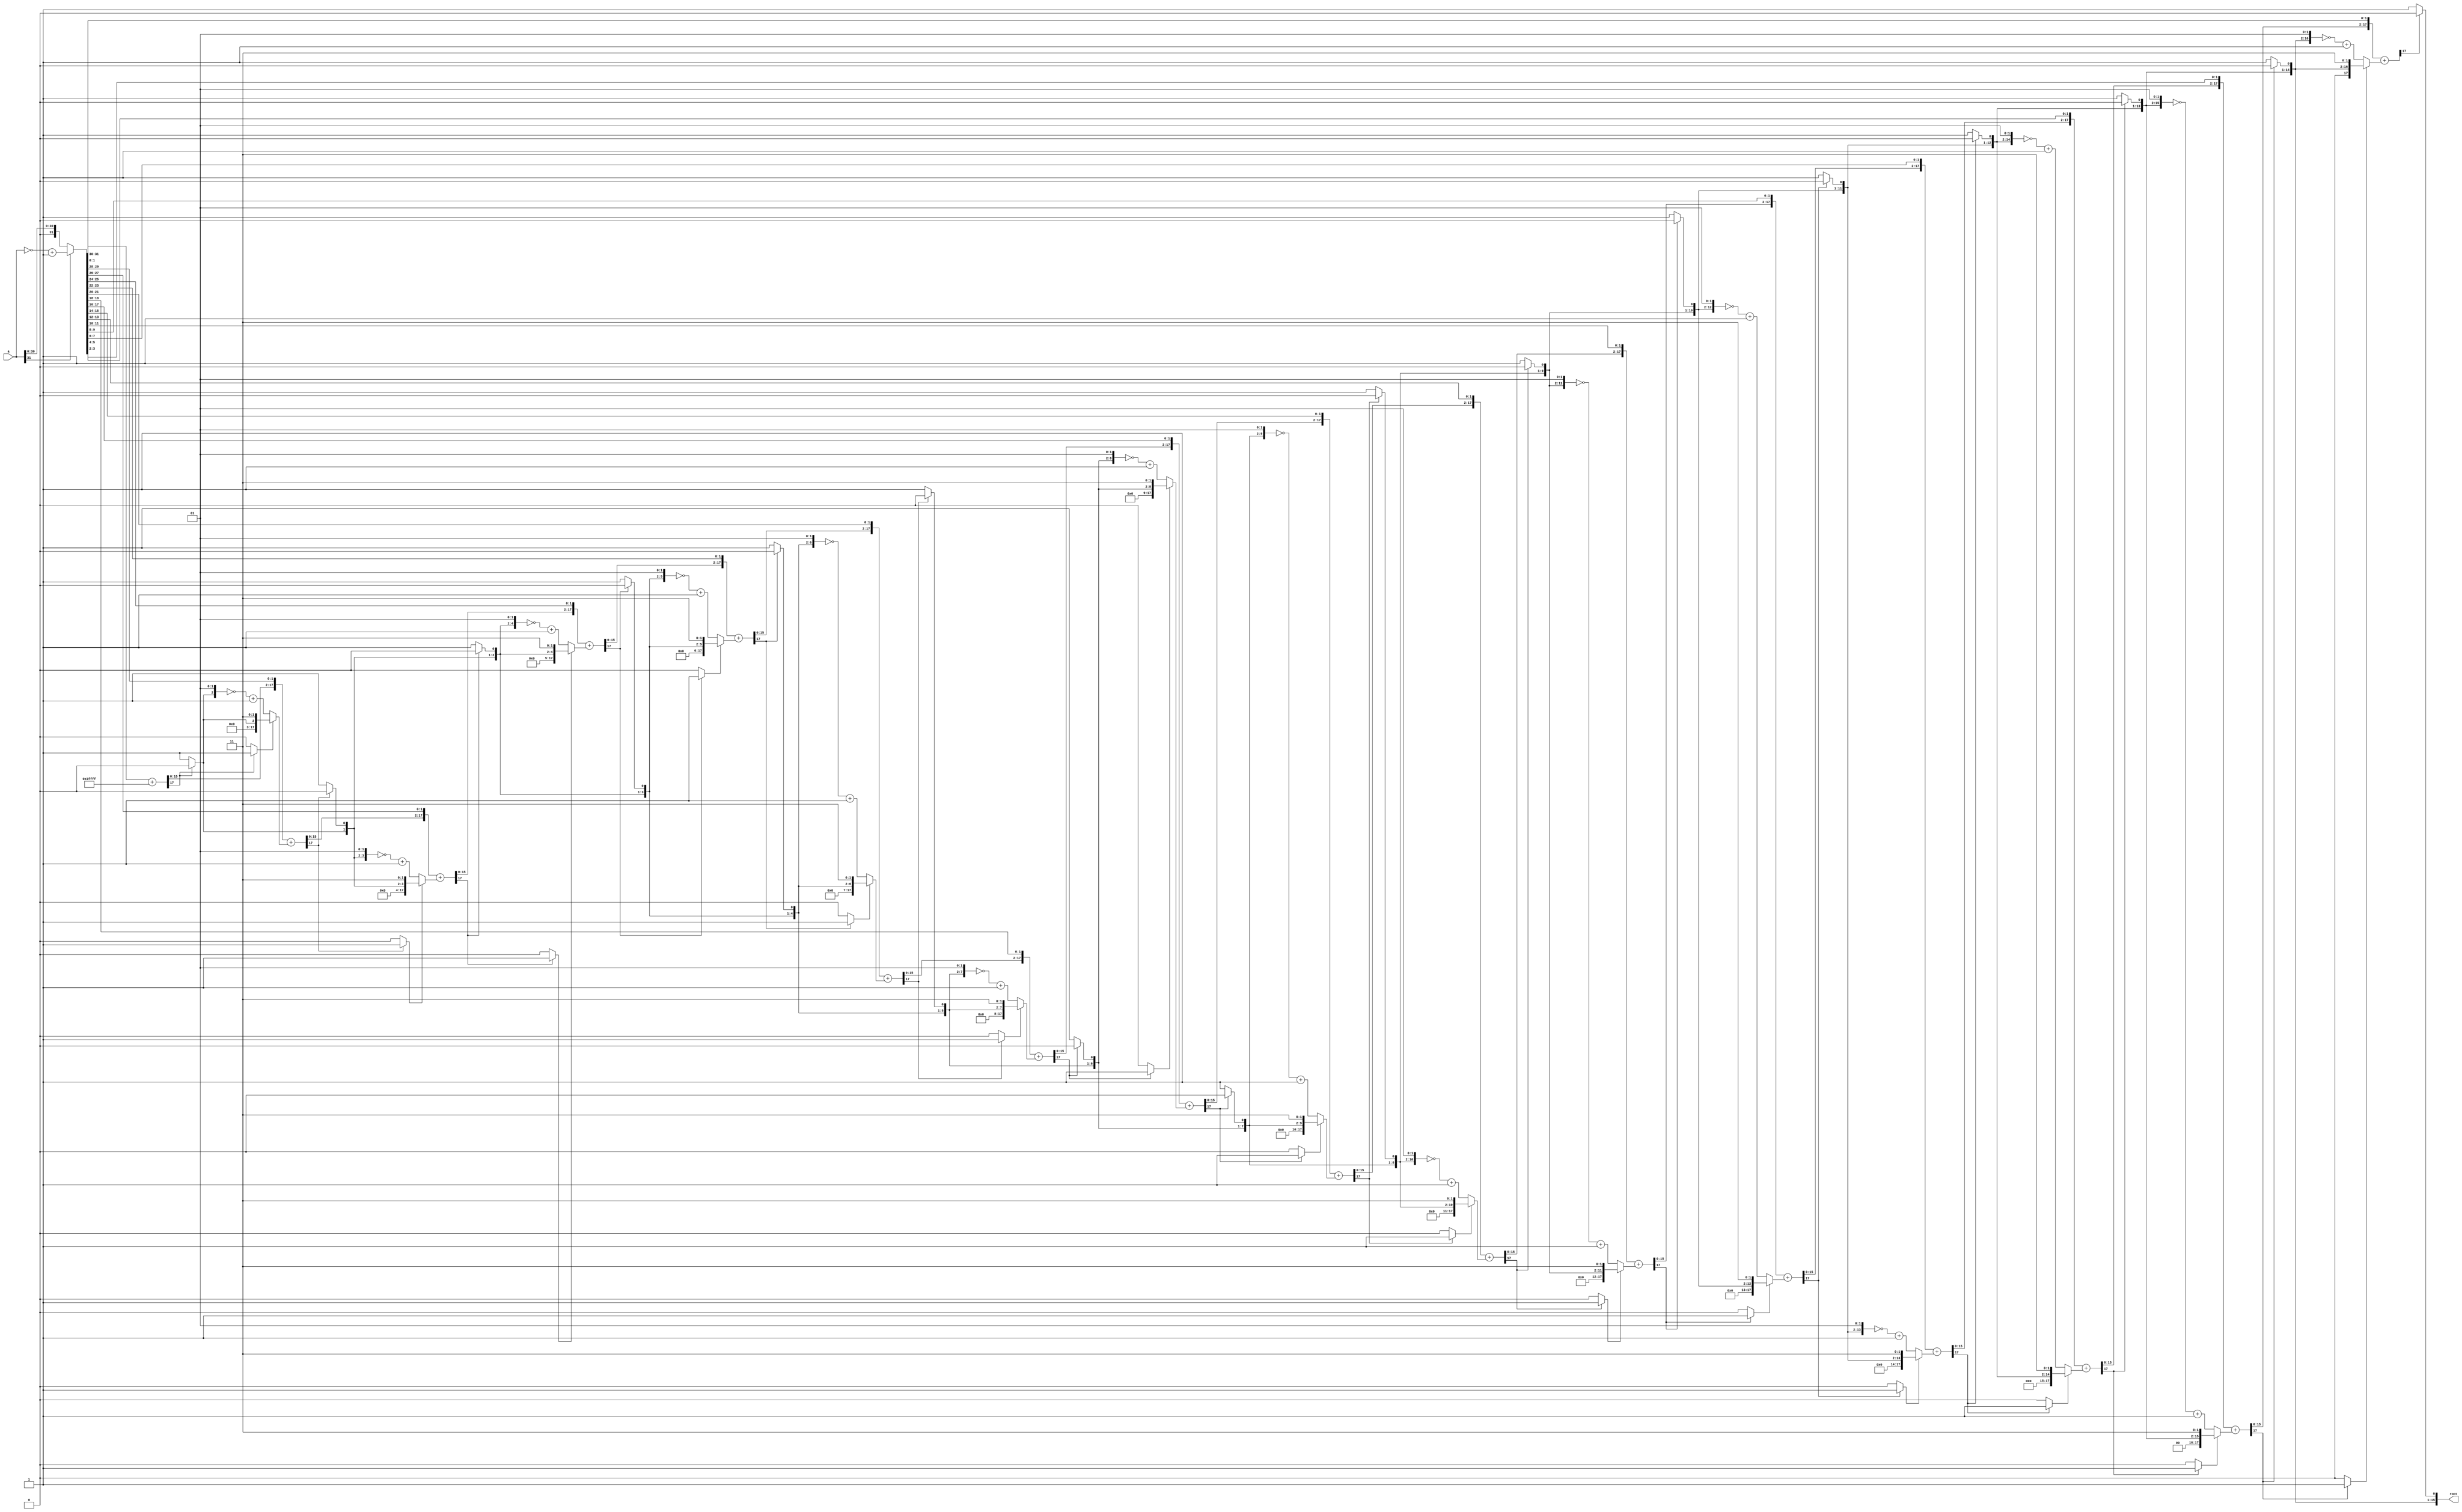

//--------------------------------------------------------------------------------------------------
//
// Title       : DW_sqrt
// Design      : DW_sqrt

// Company     : 
//-------------------------------------------------------------------------------------------------
// Description : Combinational Square Root : DW_sqrt computes the integer square root of a. The 
// parameter tc_mode determines whether the input a is interpreted as unsigned (tc_mode=0) or two's 
// complement (tc_mode = 1) number.
//
//-------------------------------------------------------------------------------------------------
`timescale 1 ns / 10 ps

module DW_sqrt ( root, a )/* synthesis syn_builtin_du = "weak" */;
	parameter width = 32;
	parameter tc_mode = 1;
	
	//Internally generated parameters
	parameter	count   = width / 2;
	parameter   add     = width % 2;
	parameter   part    = count + add;
	parameter   total   = width + add;
	
	//Input/Output port declaration
	input	[width - 1 : 0]   a;	   
	
	output	[ part- 1 : 0 ]   root;
	
	//Internal register declaration
	reg		[ total/2 + total  - 1 : 0 ]partial_root;
	reg		[ total - 1 : 0 ]           tmp_a;
	reg		[width - 1 : 0]		        a_2s;	
	integer	                            i;
	
	reg	[part : 0]                      quo;
	reg [part + 2 - 1 : 0]				initial_reg;
	reg [part + 2 - 1 : 0]				add_value;
	reg [part + 2 - 1 : 0]				sum;
	reg [part + 2 - 1 : 0]				added;
    reg                                 add_flag;	
	
	//Taking care of -ve input
	always@(a) 
		if(tc_mode)
			begin	
				if( a[width - 1] )
					a_2s = ~a + 1;
				else
					a_2s = a;
			end	
		else	
			a_2s = a;
			
    //Converting odd width to even width by appending 0's to MSB
	always@(a_2s)
		if( total != width)
			tmp_a = {1'b0,a_2s};
		else
			tmp_a = a_2s;	
	
	//Procedual block to obtain the square root		
    always@(tmp_a)
		begin		   
			partial_root = { { ( (part+total) - total ) {1'b0} } , tmp_a };
			initial_reg = { {part{1'b0}} ,{2'b01}};                                                  
			add_value = ~initial_reg + 1;                                                           
			quo = 0;                                                                                
			add_flag = 0; 
      // synthesis loop_limit 2000                                                                
			for(i = 0; i < part; i = i + 1)                                                                   
			begin                                                                                   
				added = partial_root[total + part - 1 : total - 2 ];                                       
				sum = added + add_value;                                                            
				if(sum[part + 2 - 1])                                                                   
				begin                                                                               
					quo[0]=0;								                                        
					add_flag = 1;                                                                   
				end	                                                                                
				else                                                                                
				begin                                                                               
					quo[0]=1;                                                                       
					add_flag = 0;                                                                   
				end	                                                                                
				                                                                                    
				partial_root[(total + part) - 1 : total - 2]=sum;                                           
				add_value[part + 2 - 1 : 2]= quo[part - 1 : 0];                                                
				quo = quo << 1;                                                                  

				if(add_flag)                                                                        
				begin                                                                               
					add_value[1]=1;                                                                 
					add_value[0]=1;                                                                 
					add_value=add_value;	                                                        
				end                                                                                 
				else                                                                                
				begin                                                                               
					add_value[1]=0;                                                                 
					add_value[0]=1;                                                                 
					add_value=~add_value + 1;                 
				end	                                                                                
				                                                                                    
				partial_root = partial_root << 2;                                                   
				                                                                                    
		    end	
	    end			  
	
assign root = quo[part:1];	

endmodule